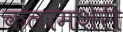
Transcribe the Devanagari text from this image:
कलामशेरी